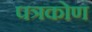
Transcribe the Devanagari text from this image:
पत्रकोण